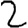
Digit: 2